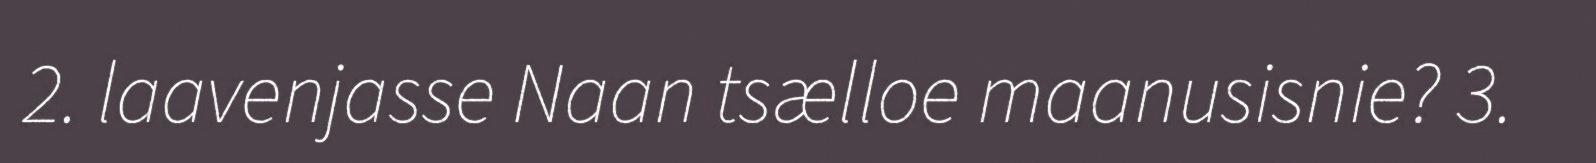
2. laavenjasse Naan tsælloe maanusisnie? 3.